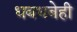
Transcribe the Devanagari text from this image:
धबधबेही